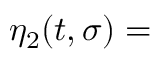
\eta _ { 2 } ( t , \sigma ) =